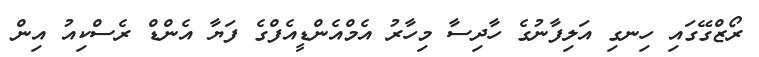
ރޯޒްގޭގައި ހިނގި އަލިފާނުގެ ހާދިސާ މިހާރު އެމްއެންޑީއެފްގެ ފަޔާ އެންޑް ރެސްކިއު އިން